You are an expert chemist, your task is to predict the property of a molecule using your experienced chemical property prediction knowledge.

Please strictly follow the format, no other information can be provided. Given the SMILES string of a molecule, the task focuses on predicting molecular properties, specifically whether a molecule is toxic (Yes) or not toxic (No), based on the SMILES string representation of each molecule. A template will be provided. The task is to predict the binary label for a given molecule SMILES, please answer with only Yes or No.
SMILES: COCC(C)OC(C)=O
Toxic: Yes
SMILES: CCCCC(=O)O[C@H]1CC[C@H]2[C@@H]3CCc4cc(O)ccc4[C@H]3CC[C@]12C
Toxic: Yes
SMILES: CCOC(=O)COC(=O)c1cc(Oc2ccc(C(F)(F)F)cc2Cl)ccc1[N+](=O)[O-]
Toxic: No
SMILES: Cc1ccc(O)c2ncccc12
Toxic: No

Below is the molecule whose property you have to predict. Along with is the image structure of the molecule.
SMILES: CCCCCCC(CO)CCCC
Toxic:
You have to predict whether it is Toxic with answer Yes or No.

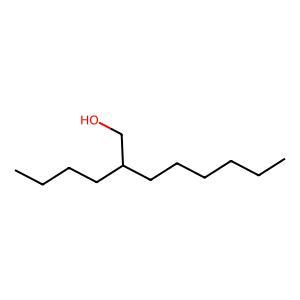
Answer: No